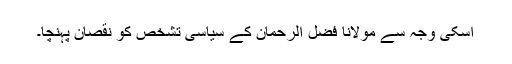
اسکی وجہ سے مولانا فضل الرحمان کے سیاسی تشخص کو نقصان پہنچا۔